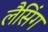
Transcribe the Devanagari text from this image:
लैसिंग